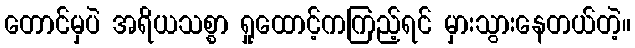
တောင်မှပဲ အရိယသစ္စာ ရှုထောင့်ကကြည့်ရင် မှားသွားနေတယ်တဲ့။